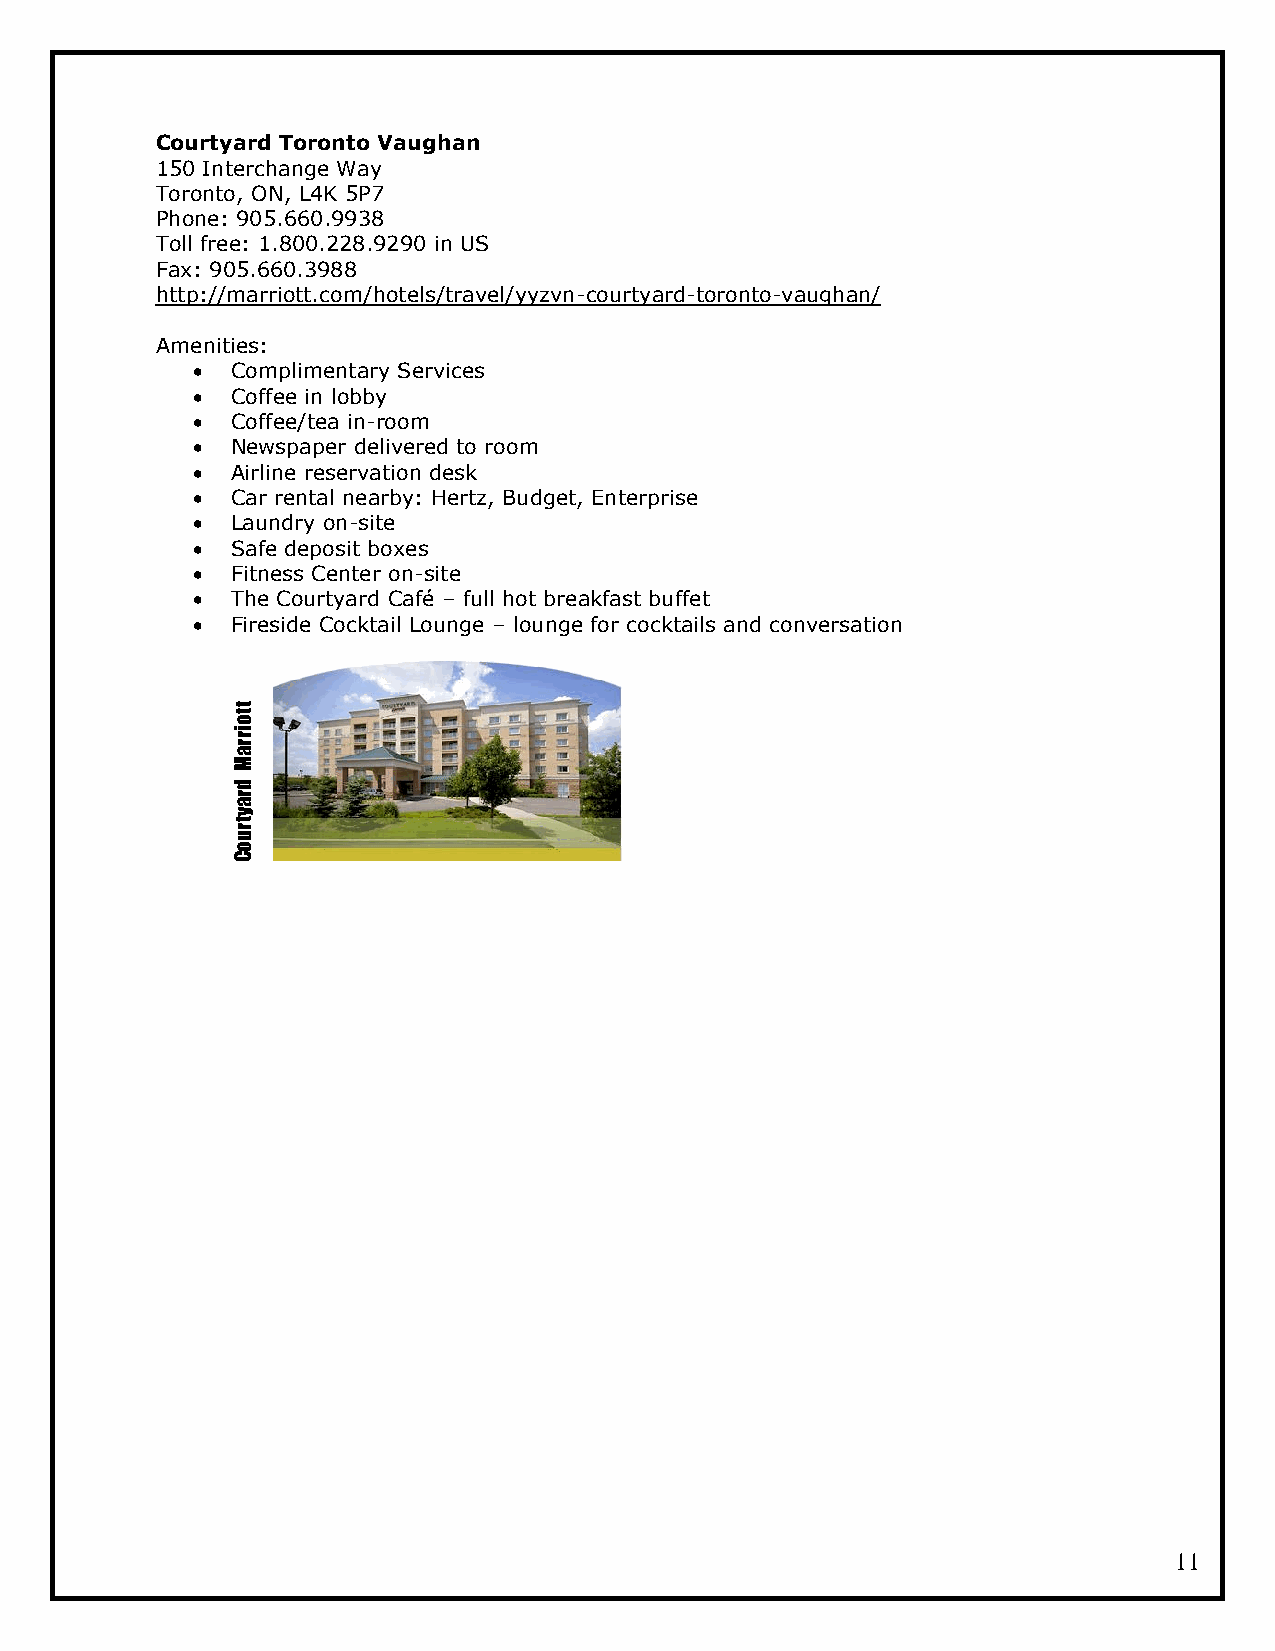
Courtyard Toronto Vaughan
 150 Interchange Way
 Toronto, ON, L4K 5P7
 Phone: 905.660.9938
 Toll free: 1.800.228.9290 in US
 Fax: 905.660.3988
 http://marriott.com/hotels/travel/yyzvn-courtyard-toronto-vaughan/
 Amenities:
  Complimentary Services
  Coffee in lobby
  Coffee/tea in-room
  Newspaper delivered to room
  Airline reservation desk
  Car rental nearby: Hertz, Budget, Enterprise
  Laundry on-site
  Safe deposit boxes
  Fitness Center on-site
  The Courtyard Café – full hot breakfast buffet
  Fireside Cocktail Lounge – lounge for cocktails and conversation
 ott
 ri
 r
 a
 M
 d
 r
 a
 y
 t
 r
 u
 o
 C
 11